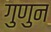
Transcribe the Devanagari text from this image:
गुणुन